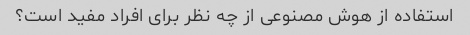
استفاده از هوش مصنوعی از چه نظر برای افراد مفید است؟